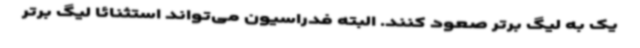
یک به لیگ برتر صعود کنند. البته فدراسیون می‌تواند استثنائا لیگ برتر